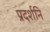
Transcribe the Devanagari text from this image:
प्रदर्शनि